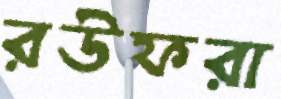
রউফরা